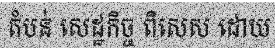
តំបន់ សេដ្ឋកិច្ច ពិសេស ដោយ